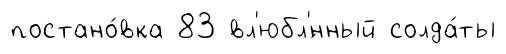
постано́вка 83 вл'юбл'́нный солда́ты